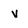
Character: v